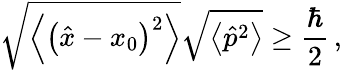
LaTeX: {\sqrt{\left\langle\left({\hat{x}}-x_{0}\right)^{2}\right\rangle}}{\sqrt{\left\langle{\hat{p}}^{2}\right\rangle}}\geq{\frac{\hbar}{2}}\, ,